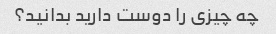
چه چیزی را دوست دارید بدانید؟